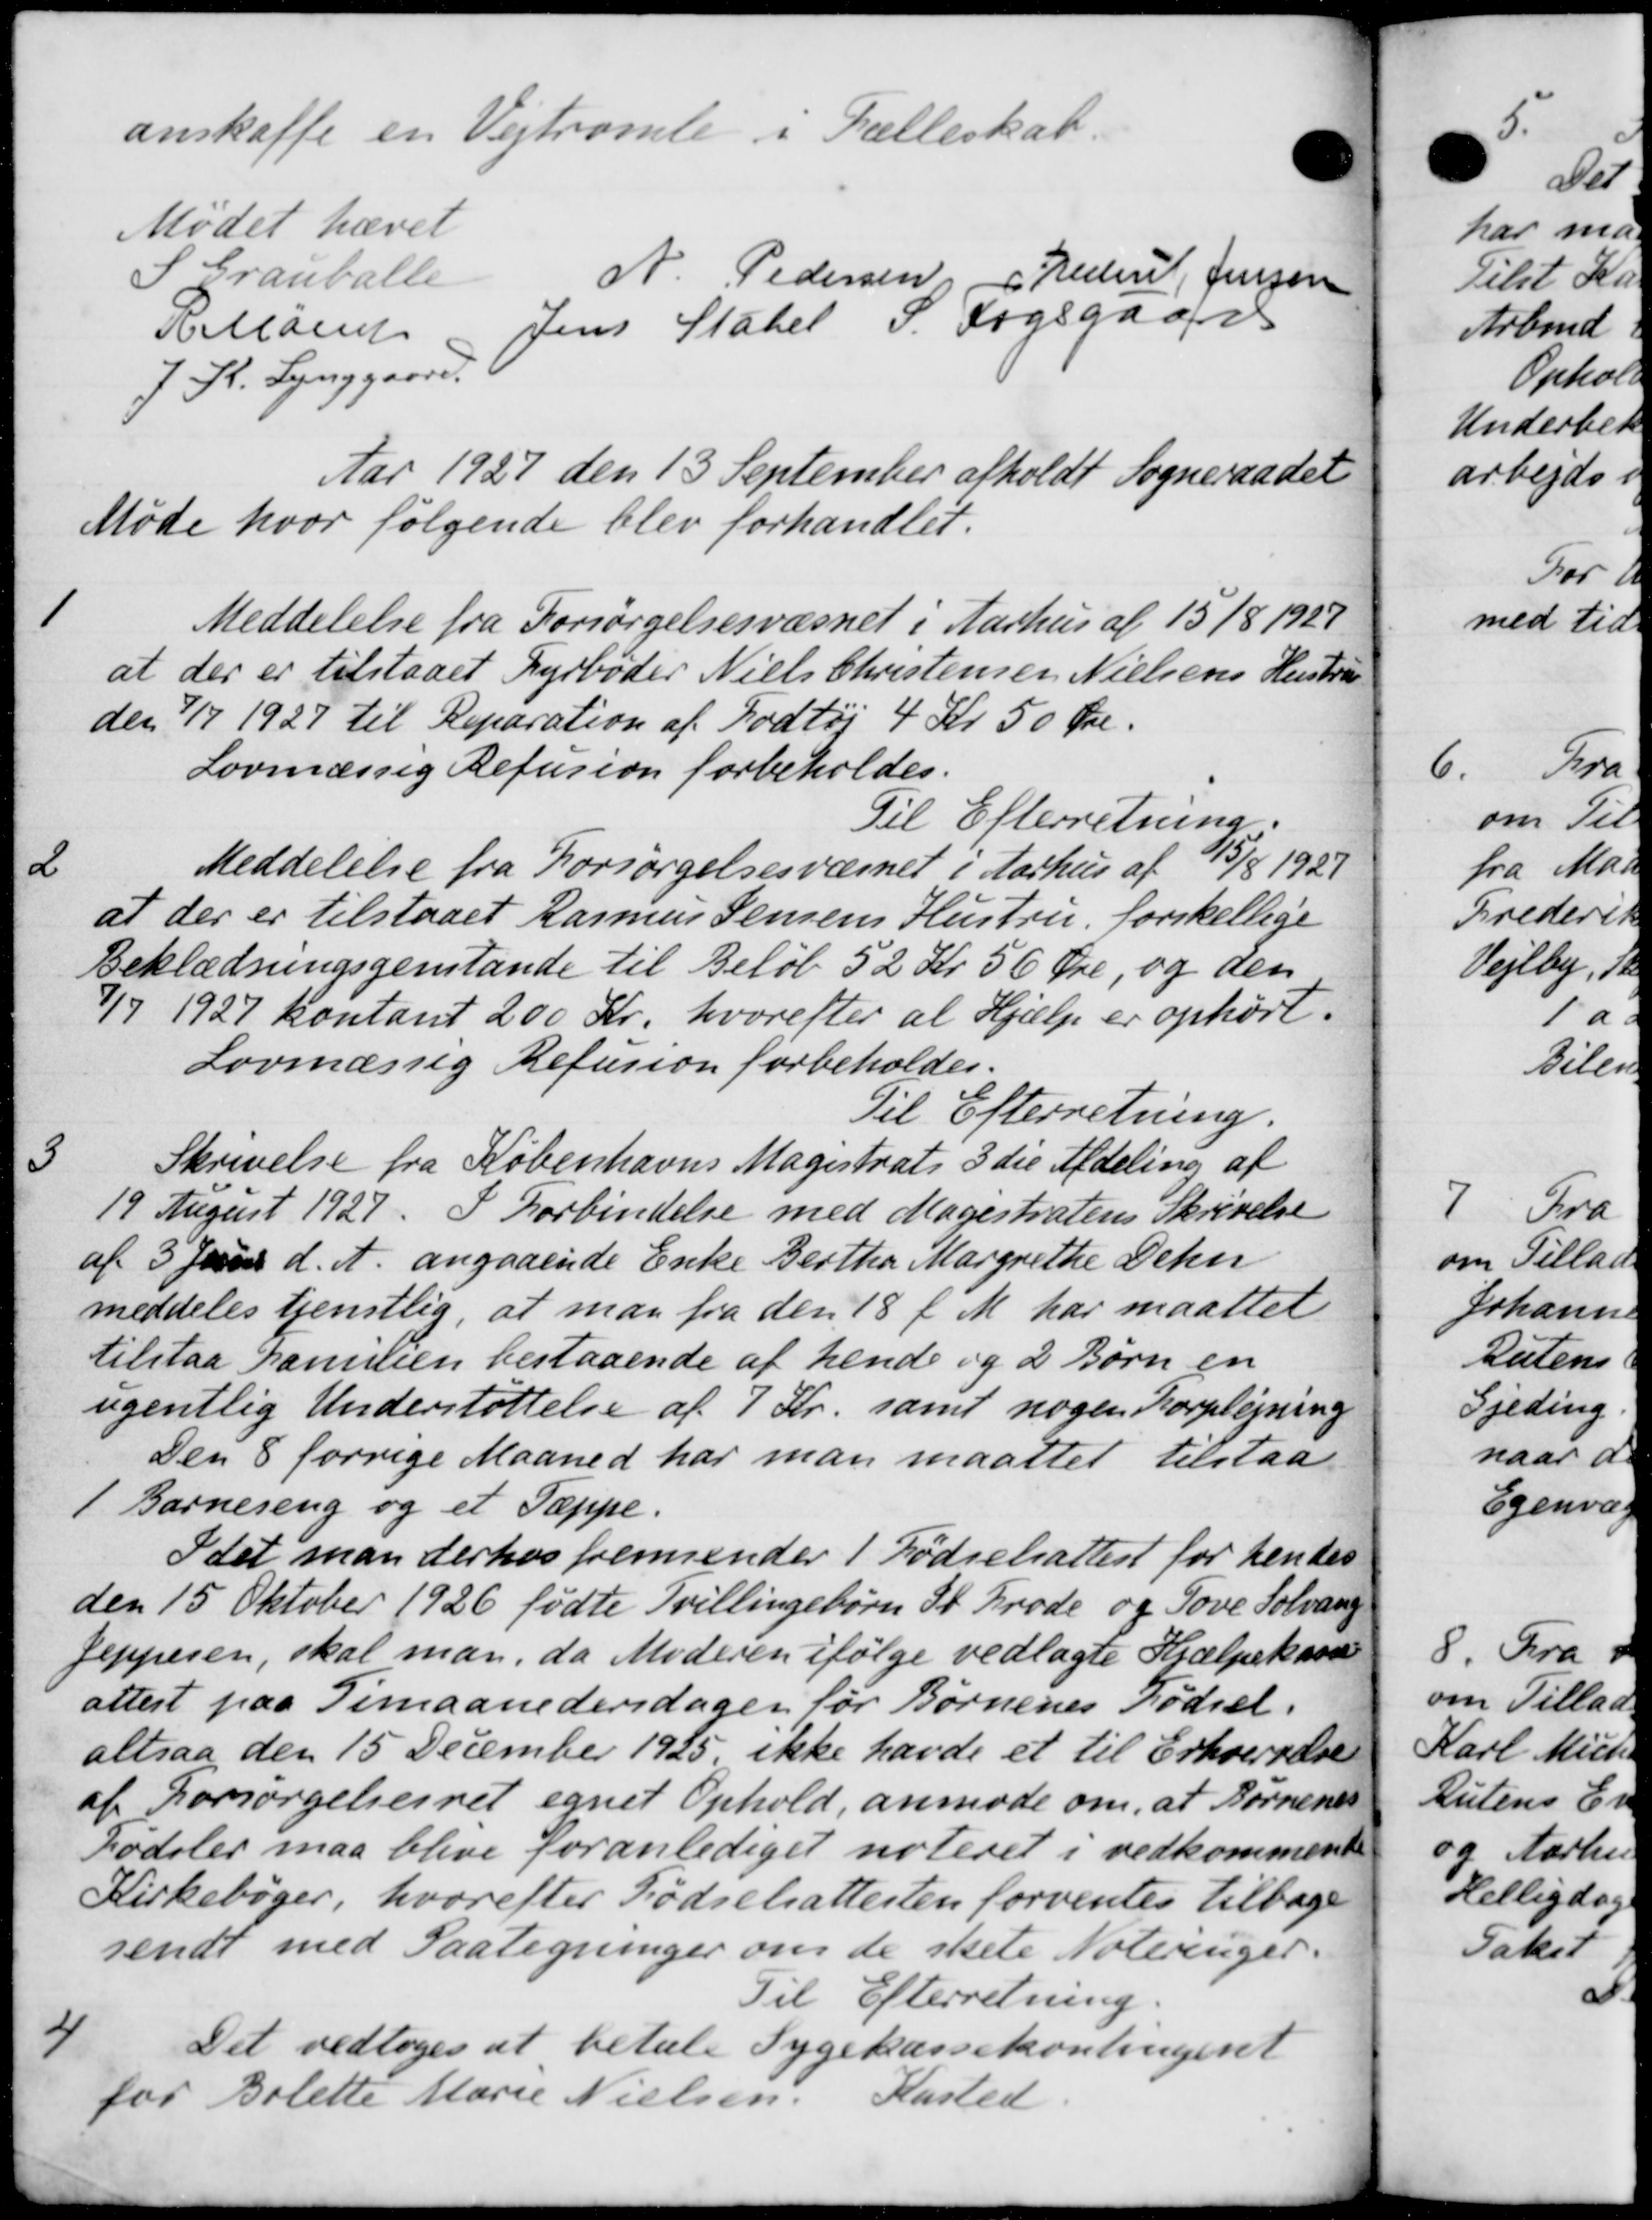
Transskription:
anskaffe en Vejtromle i Fælleskab.
Mødet hævet
S Grauballe
N. Pedersen, J. Freders Jensen
Hillaen Jens Statel P. Fogsgaard
J. K. Lynggaard
Aar 1927 den 13 September afholdt Sogneraadet
Møde hvor følgende blev forhandlet.
1
Meddelelse fra Forsørgelsesvæsnet i Aarhus af 15/8 1927
at der er tilstaaet Fyrbøder Niels Christensen Nielsens Hustru
den 1/7 1927 til Reparation af Fodtøj 4 Kr 50 Øre.
Lovmæssig Refusion forbeholdes.
Til Efterretning.
2
Meddelelse fra Forsørgelsesvæsnet i Aarhus af 5/8 1927
at der er tilstaaet Rasmus Jensens Hustru, forskellige
Beklædningsgenstande til Beløb 52 Kr 56 Øre, og den
4/7 1927 kontant 200 Kr. hvorefter at Hjælp er ophørt.
Lovmæssig Refusion forbeholdes.
Til Efterretning.
3
Skrivelse fra Københavns Magistrats 3 die Afdeling af
19 August 1927. I Forbindelse med Magistratens Skrivelse
af 5 Juni d. A. angaaende Enke Gerthe Margrethe Dehn
meddeles tjenstlig, at man fra den 18 f. M. har maattet
tilstaa Kamilien bestaaende af hende og 2 Børn en
ugentlig Understøttelse af 7 Kr. samt nogen Forplejning
Den 8 forrige Maaned har man maattet tilstaa
1 Barnering og et Tæppe.
Idet man derhos fremsender 1 Fødselsattest for hendes
den 15 Oktober 1926 fødte Tvillingebørn St. Brode og Sove Solvang
Jeppesen, skal man, da Moderen ifølge vedlagte Hjælpekassen
attest paa Timaanedersdager for Børnenes Fødsel.
altsaa den 15 December 1925, ikke havde et til Erhvervelse
af Forsørgelsesret egnet Ophold, anmode om, at Børnenes
Fødslev maa blive foranlediget noteret i vedkommende
Kirkebøger, hvorefter Fødselsattesten forventes tilbage
sendt med Paategninger om de skete Noteringer.
Til Efterretning.
4
Det vedtoges at betale Sygekassekontingent
for Bolette Marie Nielsen Kasted